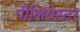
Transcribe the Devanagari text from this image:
पौलियेस्टर